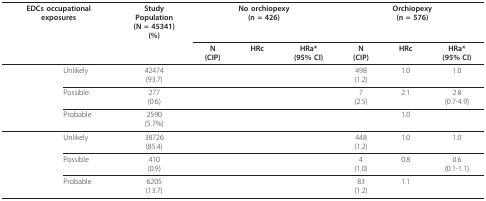
<table><thead><tr><td colspan="2"><b>EDCs occupationalexposures</b></td><td><b>StudyPopulation(N = 45341)(%)</b></td><td colspan="3"><b>No orchiopexy(n = 426)</b></td><td colspan="3"><b>Orchiopexy(n = 576)</b></td></tr><tr><td>[EMPTY_CELL]</td><td>[EMPTY_CELL]</td><td>[EMPTY_CELL]</td><td><b>N(CIP)</b></td><td><b>HRc</b></td><td><b>HRa*(95% CI)</b></td><td><b>N(CIP)</b></td><td><b>HRc</b></td><td><b>HRa*(95% CI)</b></td></tr></thead><tbody><tr><td>[EMPTY_CELL]</td><td>Unlikely</td><td>42474(93.7)</td><td>[EMPTY_CELL]</td><td>[EMPTY_CELL]</td><td>[EMPTY_CELL]</td><td>498(1.2)</td><td>1.0</td><td>1.0</td></tr><tr><td>[EMPTY_CELL]</td><td>Possible</td><td>277(0.6)</td><td>[EMPTY_CELL]</td><td>[EMPTY_CELL]</td><td>[EMPTY_CELL]</td><td>7(2.5)</td><td>2.1</td><td>2.8(0.7-4.9)</td></tr><tr><td>[EMPTY_CELL]</td><td>Probable</td><td>2590(5.7%)</td><td>[EMPTY_CELL]</td><td>[EMPTY_CELL]</td><td>[EMPTY_CELL]</td><td>[EMPTY_CELL]</td><td>1.0</td><td>[EMPTY_CELL]</td></tr><tr><td>[EMPTY_CELL]</td><td>Unlikely</td><td>38726(85.4)</td><td>[EMPTY_CELL]</td><td>[EMPTY_CELL]</td><td>[EMPTY_CELL]</td><td>448(1.2)</td><td>1.0</td><td>1.0</td></tr><tr><td>[EMPTY_CELL]</td><td>Possible</td><td>410(0.9)</td><td>[EMPTY_CELL]</td><td>[EMPTY_CELL]</td><td>[EMPTY_CELL]</td><td>4(1.0)</td><td>0.8</td><td>0.6(0.1-1.1)</td></tr><tr><td>[EMPTY_CELL]</td><td>Probable</td><td>6205(13.7)</td><td>[EMPTY_CELL]</td><td>[EMPTY_CELL]</td><td>[EMPTY_CELL]</td><td>83(1.2)</td><td>1.1</td><td>[EMPTY_CELL]</td></tr></tbody></table>